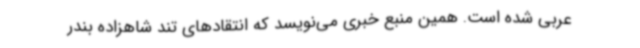
عربی شده است. همین منبع خبری می‌نویسد که انتقادهای تند شاهزاده بندر